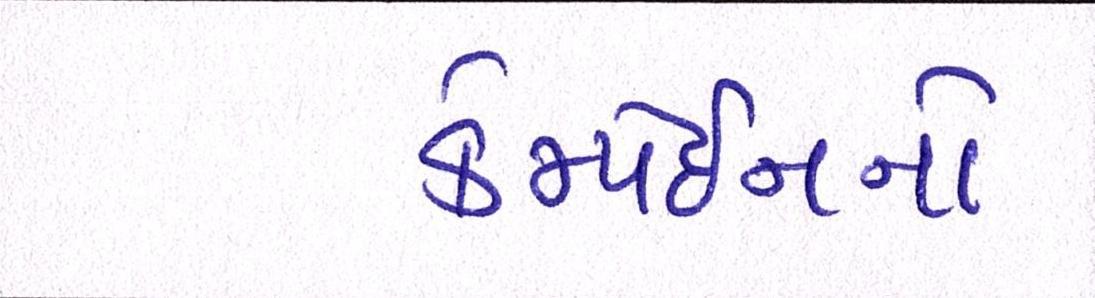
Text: કેમ્પેઈનનો